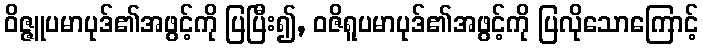
ဝိဇ္ဇူပမာပုဒ်၏အဖွင့်ကို ပြပြီး၍, ဝဇိရူပမာပုဒ်၏အဖွင့်ကို ပြလိုသောကြောင့်